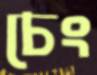
চেং